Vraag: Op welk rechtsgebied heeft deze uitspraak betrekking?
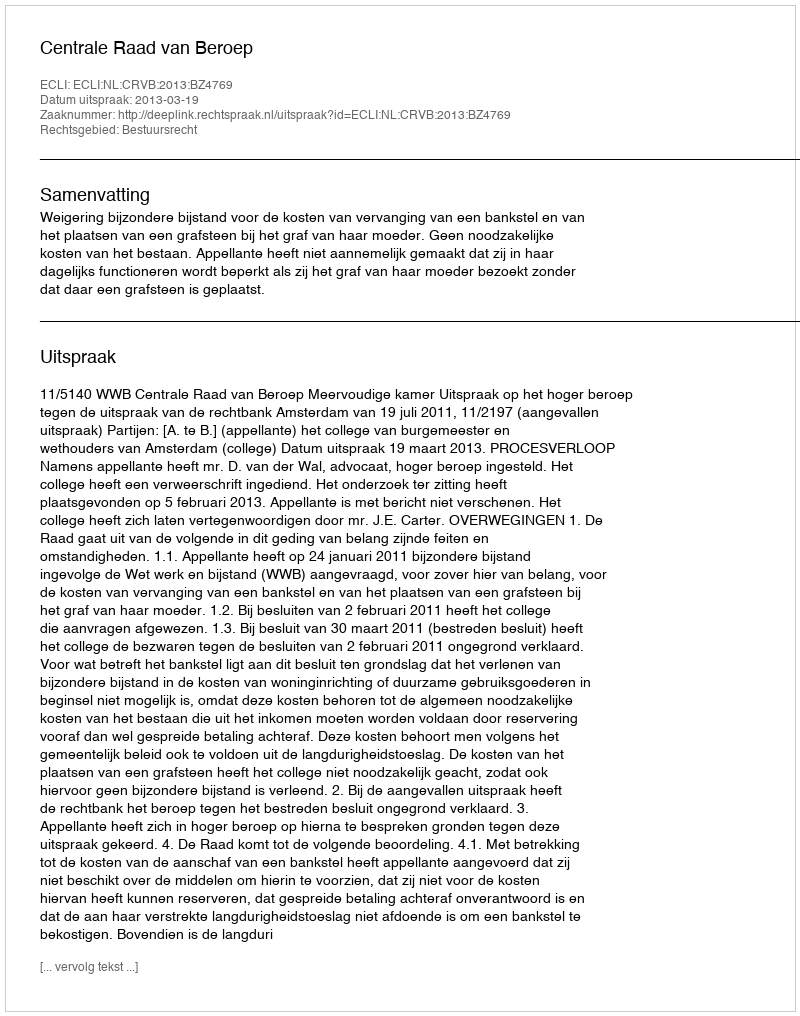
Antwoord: Bestuursrecht